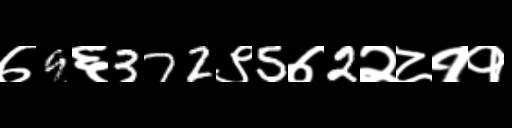
Text: ७9६372९5७2२८११